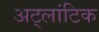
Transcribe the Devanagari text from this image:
अट्लांटिक